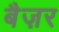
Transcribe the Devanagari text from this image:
बैज़र